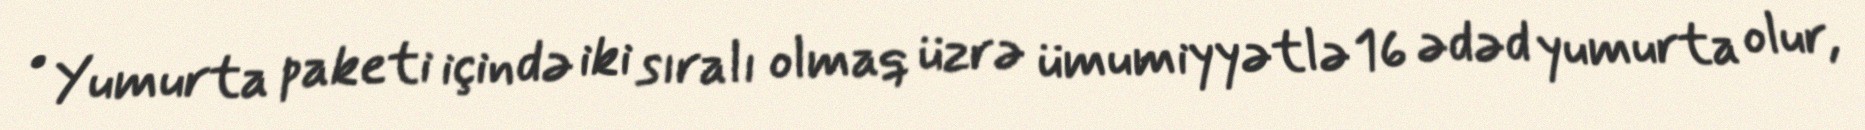
• Yumurta paketi içində iki sıralı olmaq üzrə ümumiyyətlə 16 ədəd yumurta olur,